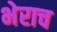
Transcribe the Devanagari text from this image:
भेराच